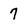
Character: 7